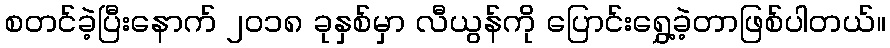
စတင်ခဲ့ပြီးနောက် ၂၀၁၈ ခုနှစ်မှာ လီယွန်ကို ပြောင်းရွှေ့ခဲ့တာဖြစ်ပါတယ်။